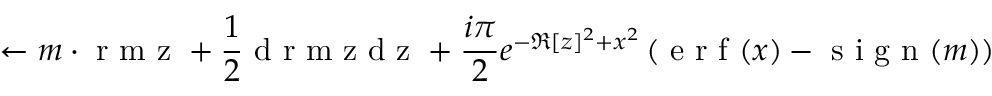
\leftarrow m \cdot \mathrm { ~ r ~ m ~ z ~ } + \frac { 1 } { 2 } \mathrm { ~ d ~ r ~ m ~ z ~ d ~ z ~ } + \frac { i \pi } { 2 } e ^ { - \Re [ z ] ^ { 2 } + x ^ { 2 } } \left( \mathrm { ~ e ~ r ~ f ~ } ( x ) - \mathrm { ~ s ~ i ~ g ~ n ~ } ( m ) \right)